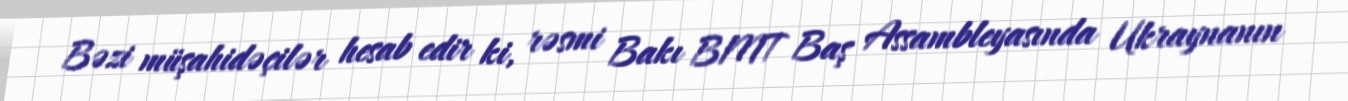
Bəzi müşahidəçilər hesab edir ki, rəsmi Bakı BMT Baş Assambleyasında Ukraynanın